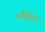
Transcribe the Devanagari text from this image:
प्‍लैनिंग